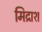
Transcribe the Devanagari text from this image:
मिद्राश